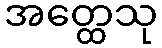
အတ္ထေသု